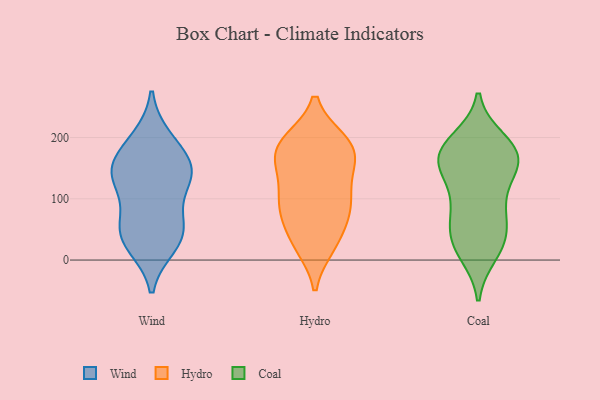
{"axis": {"x": "Operating Costs (USD K)", "y": "Value"}, "legend": ["Coal", "Hydro", "Wind"], "data": [{"x": "", "y": 42, "type": "Wind"}, {"x": "", "y": 54, "type": "Wind"}, {"x": "", "y": 185, "type": "Wind"}, {"x": "", "y": 139, "type": "Wind"}, {"x": "", "y": 133, "type": "Wind"}, {"x": "", "y": 135, "type": "Wind"}, {"x": "", "y": 25, "type": "Wind"}, {"x": "", "y": 146, "type": "Wind"}, {"x": "", "y": 197, "type": "Wind"}, {"x": "", "y": 71, "type": "Wind"}, {"x": "", "y": 34, "type": "Wind"}, {"x": "", "y": 149, "type": "Wind"}, {"x": "", "y": 162, "type": "Hydro"}, {"x": "", "y": 25, "type": "Hydro"}, {"x": "", "y": 188, "type": "Hydro"}, {"x": "", "y": 23, "type": "Hydro"}, {"x": "", "y": 194, "type": "Hydro"}, {"x": "", "y": 193, "type": "Hydro"}, {"x": "", "y": 181, "type": "Hydro"}, {"x": "", "y": 30, "type": "Hydro"}, {"x": "", "y": 63, "type": "Hydro"}, {"x": "", "y": 97, "type": "Hydro"}, {"x": "", "y": 159, "type": "Hydro"}, {"x": "", "y": 138, "type": "Hydro"}, {"x": "", "y": 81, "type": "Hydro"}, {"x": "", "y": 92, "type": "Hydro"}, {"x": "", "y": 103, "type": "Hydro"}, {"x": "", "y": 147, "type": "Hydro"}, {"x": "", "y": 193, "type": "Hydro"}, {"x": "", "y": 83, "type": "Hydro"}, {"x": "", "y": 60, "type": "Coal"}, {"x": "", "y": 101, "type": "Coal"}, {"x": "", "y": 188, "type": "Coal"}, {"x": "", "y": 11, "type": "Coal"}, {"x": "", "y": 156, "type": "Coal"}, {"x": "", "y": 154, "type": "Coal"}, {"x": "", "y": 115, "type": "Coal"}, {"x": "", "y": 156, "type": "Coal"}, {"x": "", "y": 195, "type": "Coal"}, {"x": "", "y": 172, "type": "Coal"}, {"x": "", "y": 56, "type": "Coal"}, {"x": "", "y": 38, "type": "Coal"}, {"x": "", "y": 166, "type": "Coal"}, {"x": "", "y": 184, "type": "Coal"}, {"x": "", "y": 83, "type": "Coal"}, {"x": "", "y": 29, "type": "Coal"}, {"x": "", "y": 17, "type": "Coal"}, {"x": "", "y": 165, "type": "Coal"}]}